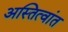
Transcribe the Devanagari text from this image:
अस्तित्वांत